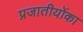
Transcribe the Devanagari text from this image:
प्रजातीयोंका